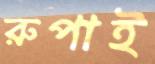
রুপাই